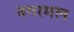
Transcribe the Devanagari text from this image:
नगरमल